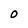
Character: O